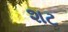
શટ